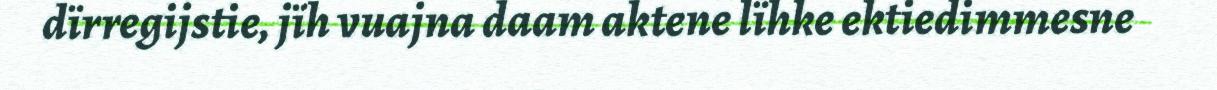
dïrregijstie, jïh vuajna daam aktene lïhke ektiedimmesne